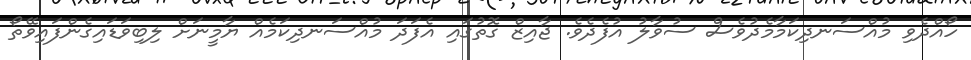
ހޯއްދެވި މުއްސަނދިކަމާމެދުވެސް ސުވާލު އުފެދެވެ. ޖާއިޒް ގޮތުގައި އެފަދަ މުއްސަނދިކަމެއް ޔާމީނަށް ލިބިވަޑައިގެންފައިވޭތޯ